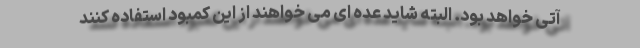
آتی خواهد بود. البته شاید عده ای می خواهند از این کمبود استفاده کنند